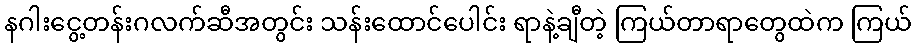
နဂါးငွေ့တန်းဂလက်ဆီအတွင်း သန်းထောင်ပေါင်း ရာနဲ့ချီတဲ့ ကြယ်တာရာတွေထဲက ကြယ်